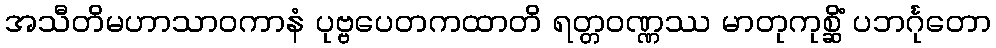
အသီတိမဟာသာဝကာနံ ပုဗ္ဗပေတကထာတိ ရတ္တဝဏ္ဏဿ မာတုကုစ္ဆိံ ပဘင်္ဂုတော